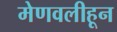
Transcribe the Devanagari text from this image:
मेणवलीहून